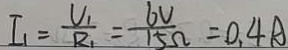
I _ { 1 } = \frac { U _ { 1 } } { R _ { 1 } } = \frac { 6 V } { 1 5 \Omega } = 0 . 4 A